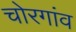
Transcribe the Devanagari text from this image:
चोरगांव